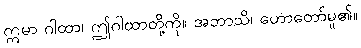
ဣမာ ဂါထာ၊ ဤဂါထာတို့ကို။ အဘာသိ၊ ဟောတော်မူ၏။